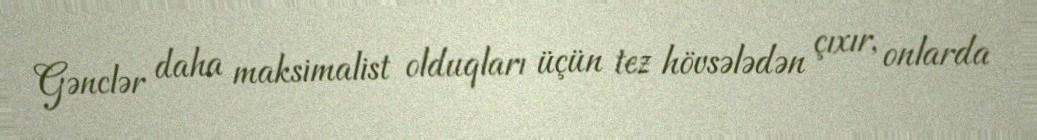
Gənclər daha maksimalist olduqları üçün tez hövsələdən çıxır, onlarda